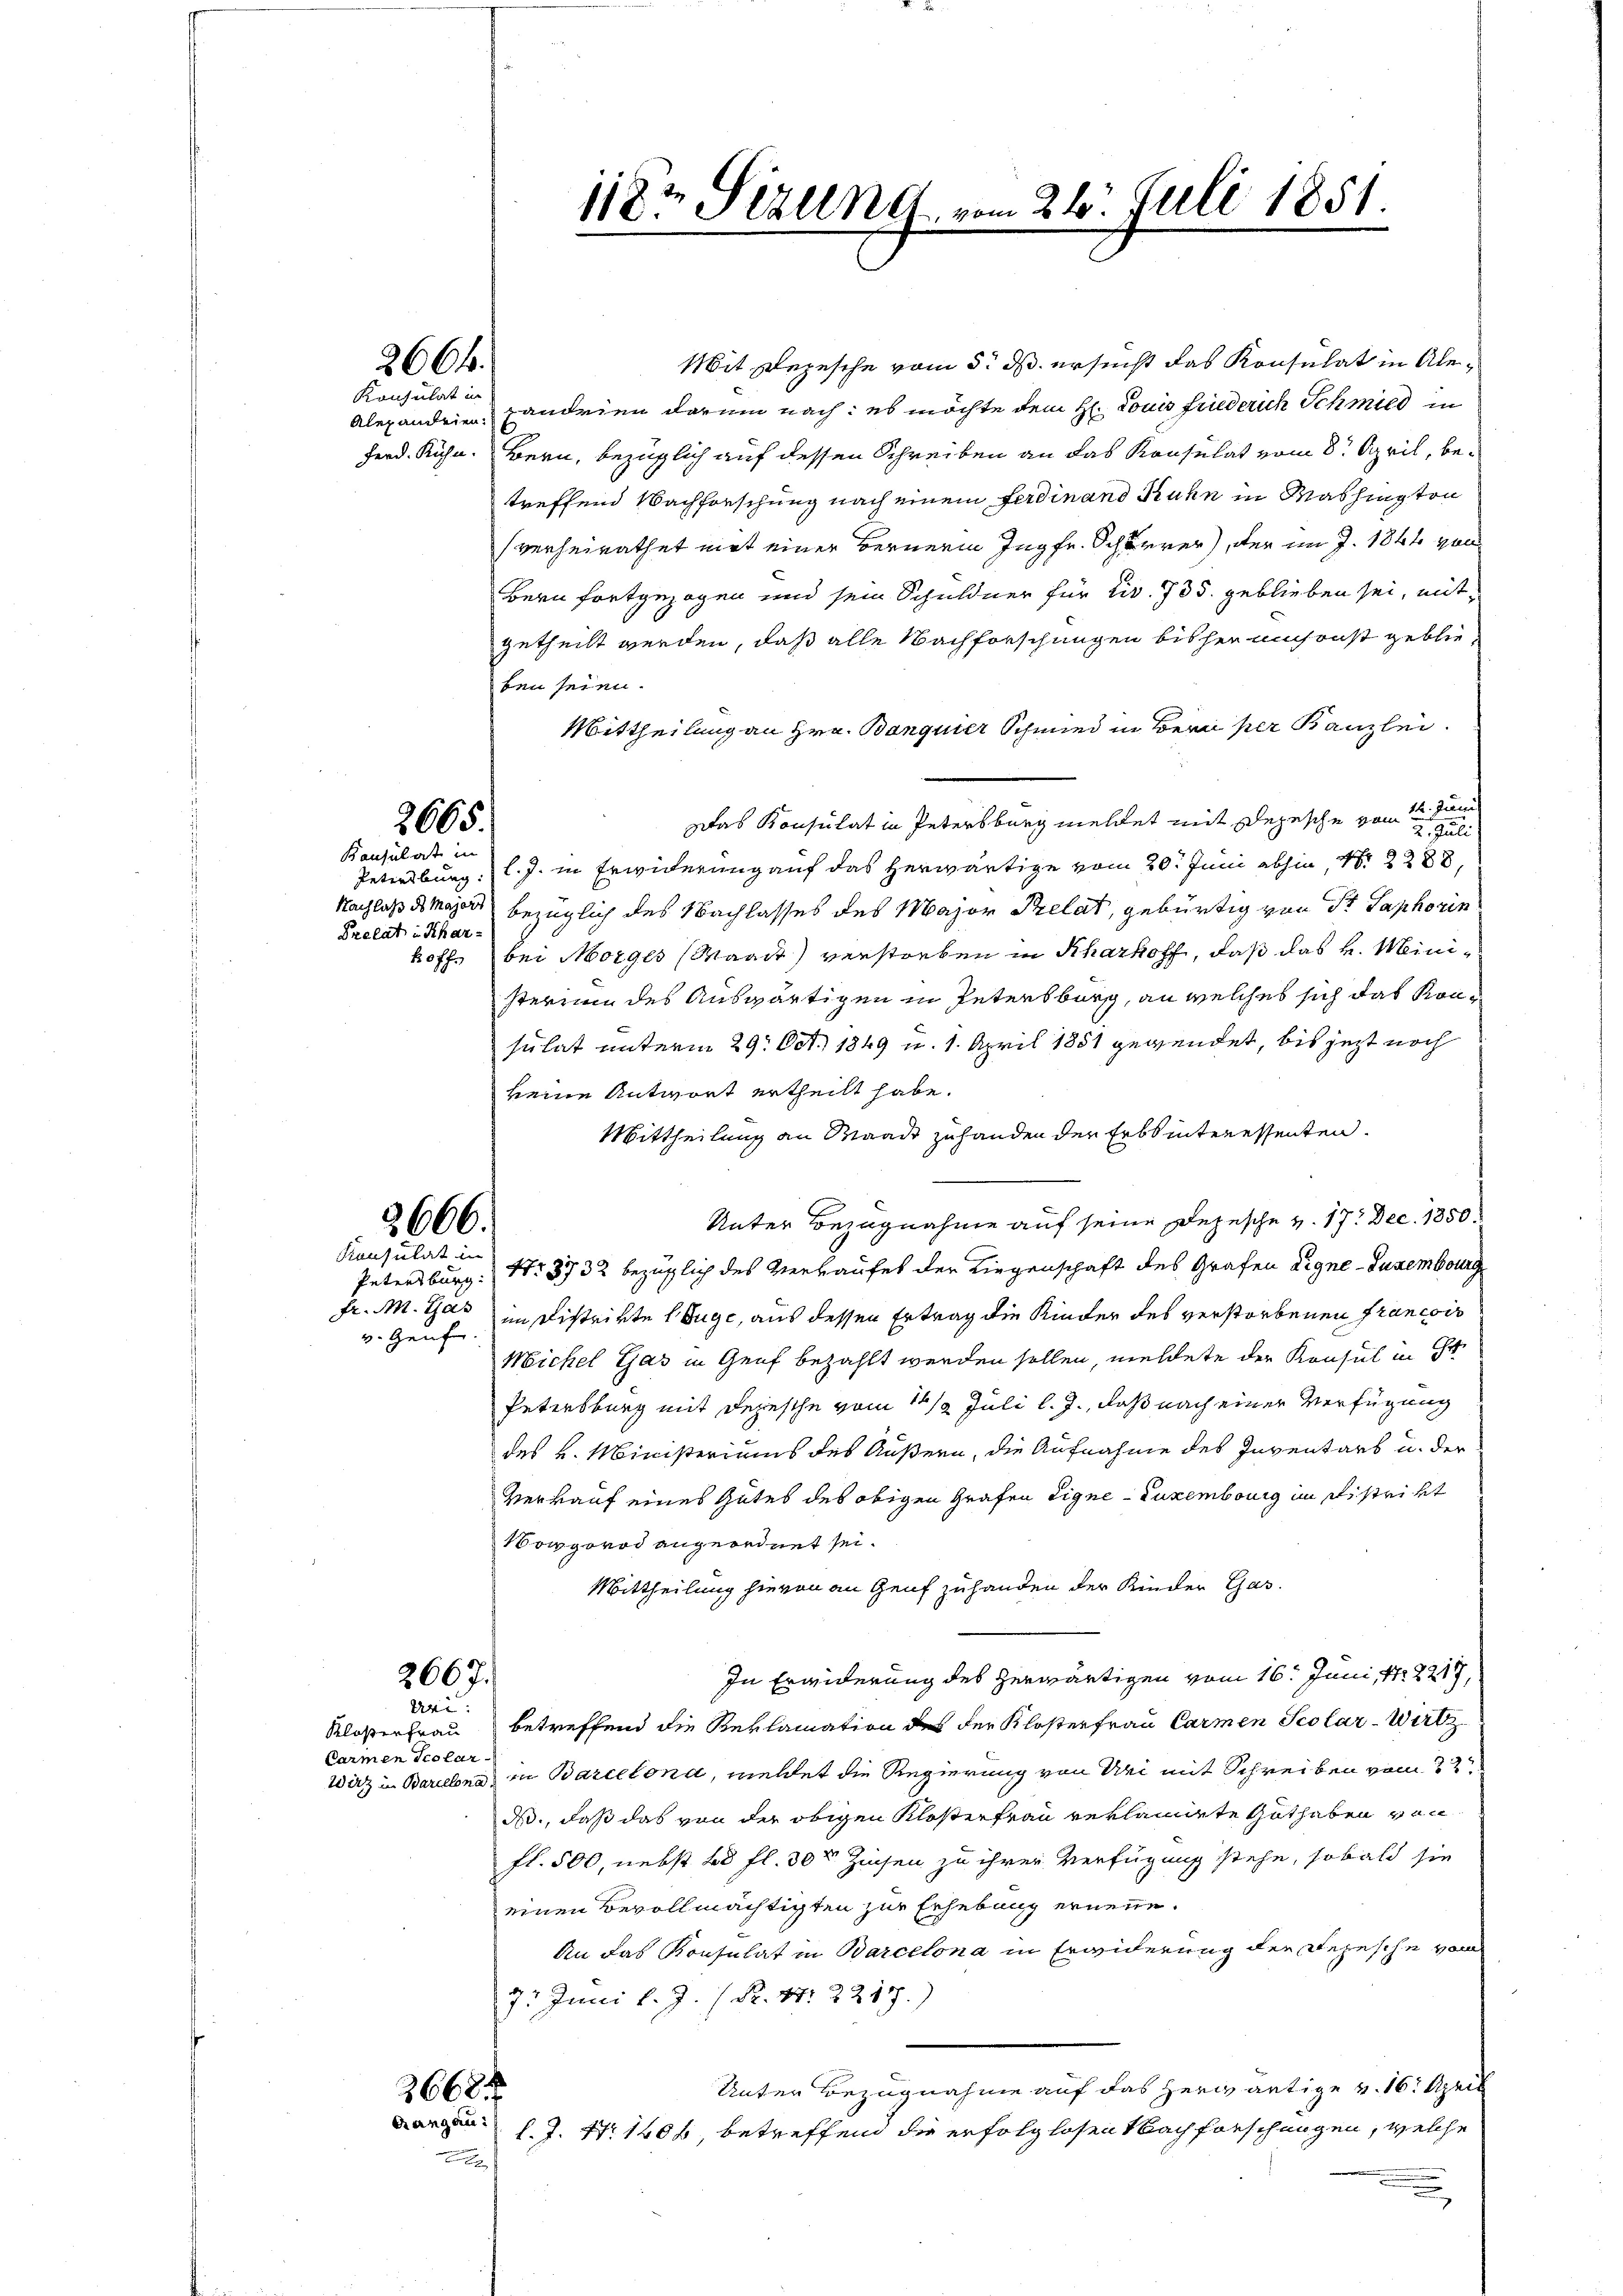
Mit Depesche vom 5. ds. ersucht das Konsulat in Ale¬
Alexandrien Landrien darum nach: es möchte dem H. Louis Friederich Schmied in
Ferd. Kühn. Bern, bezüglich auf dessen Schreiben an das Konsulat vom 8. April, betreffend Nachforschung nach einem Ferdinand Kuhn in Washington
verheirathet mit einer Bernerin Ingfe. Schwerer, der im J. 1841 von
Bern fortgezogen und sein Schuldner für Civ. 735. geblieben sei, mitgetheilt werden, daß alle Nachforschungen bisher umsonst geblieben seien.
Mittheilung an Hrn. Banquier Schmied in Bern per Kanzlei.
Das Konsulat in Petersburg meldet mit Depesche vom 14. Juni
2. Juli
Petersburg, l. J. in Erwiderung auf das herwärtige vom 20. Juni abhin, No 2288,
Nachlaß der Major bezüglich des Nachlasses des Major Prelat, gebürtig von Fr. Saphorin
koffe bei Morges (Waadt) verstorben in Kharkoff, daß das k. Ministerinn des Auswärtigen in Petersburg, an welches sich das Konsulat unterm 29. Oct. 1849 u. 1. April 1881 gegendet, bis jezt noch
keine Antwort ertheilt habe.
Mittheilung an Waadt zuhanden der Erbsinteressenten.
Unter Bezugnahme auf seine Depesche v. 17. Dec. 1850.
Petersburg Nr. 3732 bezüglich des Verkaufet der Liegenschaft des Grafen Signe-Jurembourg
Fr. M. Gas
in Distrirte Juge, aus dessen Ertrag die Kinder des verstorbenen Francois
v. Genfe
Michel Gas in Genf bezahlt werden sollen, meldete der Konsul in St.
Petersburg mit Depesche vom 1 1/2 Juli l. J., daß nach einer Verfügung
des v. Ministeriums des Äußern, die Aufnahme des Inventars u. der
Verkauf eines Gutes des obigen Grafen Eigne-Luxembourg in distrikt
Nowgorod angeordnet sei.
Mittheilung hievon an Genf zuhanden der Kinder Gas¬
In Erwiderung des herwärtigen vom 16. Juni, N. 8217,
2667.
Uri:
Klosterfrau betreffend die Reklamation des der Klosterfrau Carmen Scolar-Wirt
Carmen scolar
Wirz in Barcelona in Barcelona, meldet die Regierung von Sei mit Schreiben vom 22
d., daß das von der obigen Kloster Frau reklamirte Guthaben von
fl. 500, nebst 60 fl. 30t Zinsen zu ihrer Verfügung stehe, sobald sie
einen Bevollmächtigten zur Erhebung ernenne.
An das Konsulat in Barcelona in Erwiderung der Depesche von
7. Juni l. J. (N. N. 2217.)
Unter Bezugnahme auf das herwärtige v. 16. April
3668
arz l. J. Nr. 1406, betreffend die erfolglosen Nachforschungen, welche

2664.

Konsulat in

2665.

Kausulat in
Prelat in Khar¬

2666.
Konsulat in

118t Sizund, vom 26. Juli 1851.